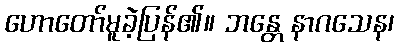
ဟောတော်မူခဲ့ပြန်၏။ ဘန္တေ နာဂသေန၊